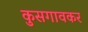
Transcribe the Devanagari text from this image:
कुसगावकर